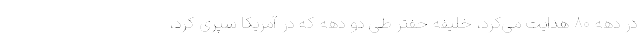
در دهه ۸۰ هدایت می‌کرد، خلیفه حفتر طی دو دهه که در آمریکا سپری کرد،